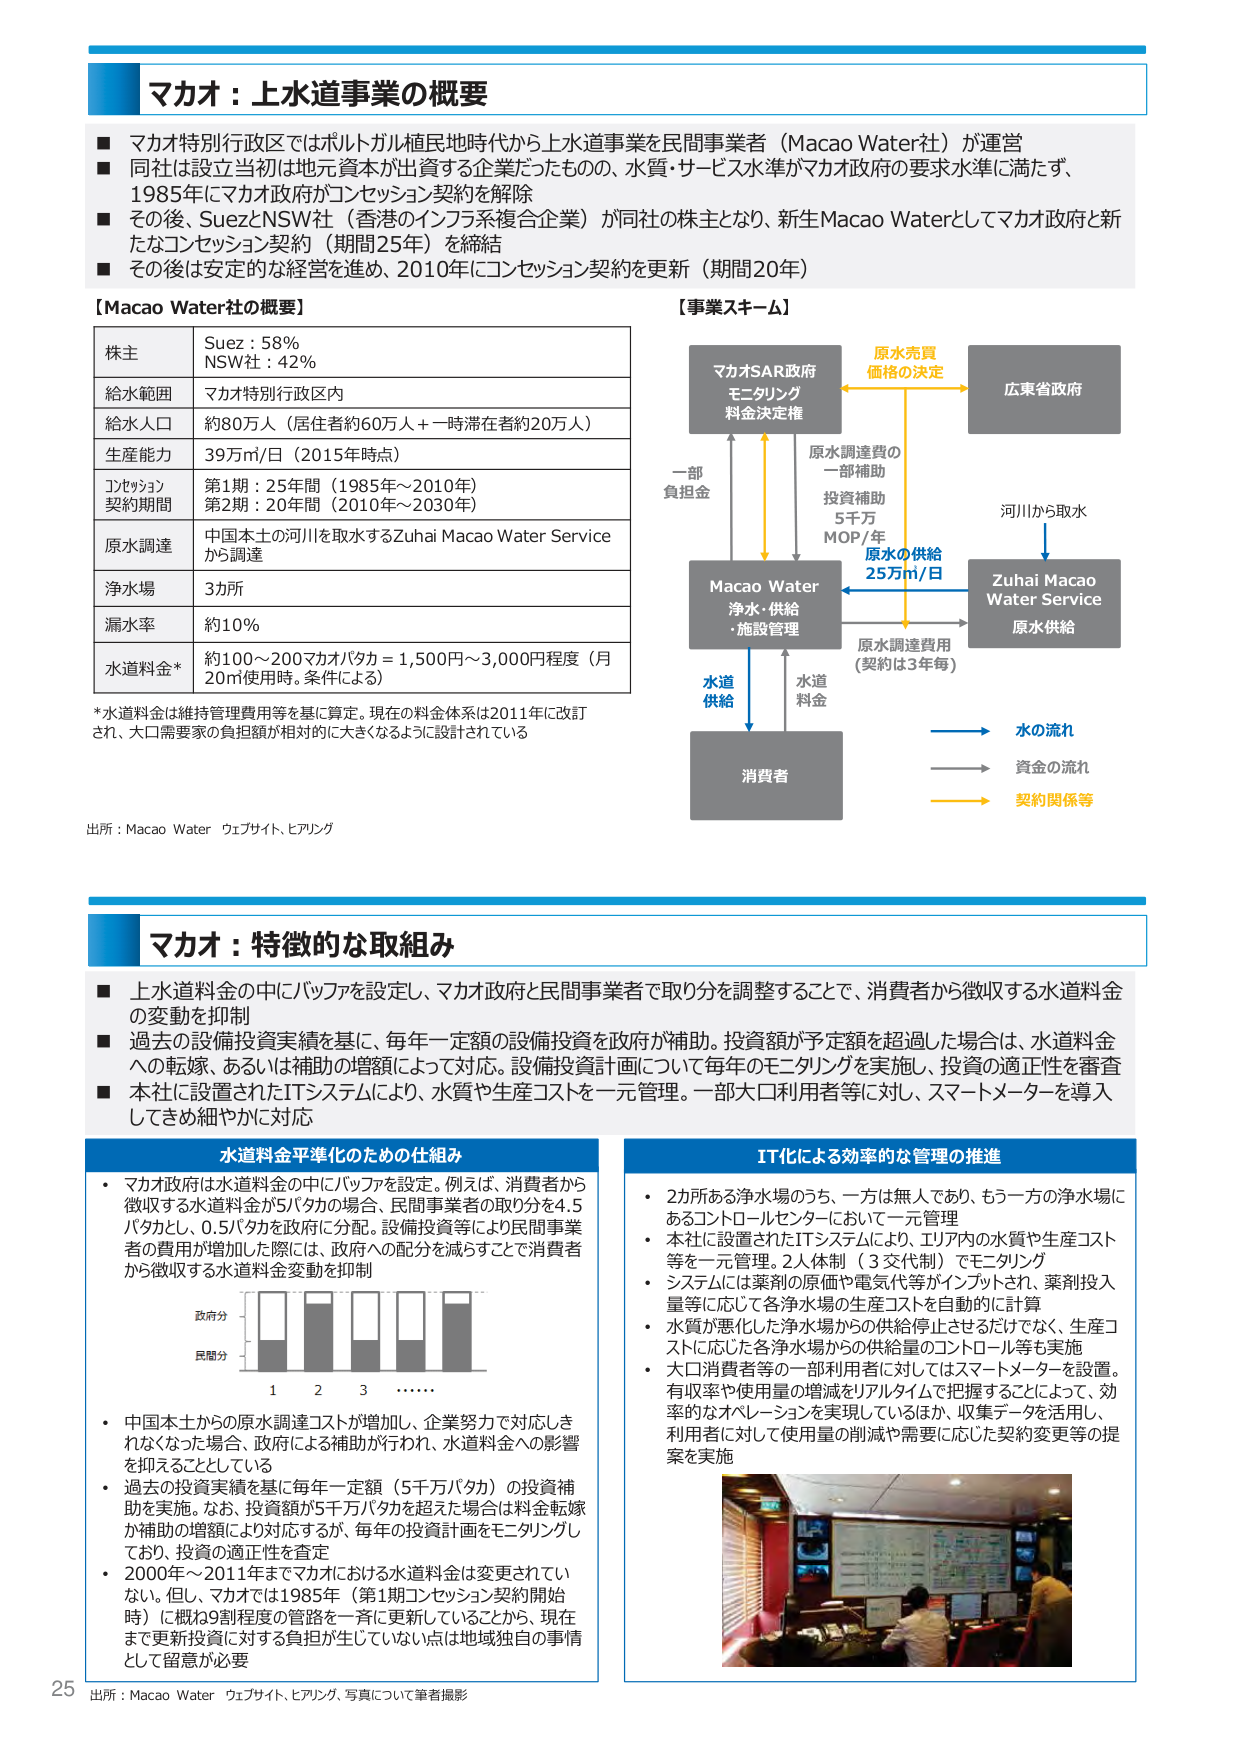
マカオ：上水道事業の概要

■ マカオ特別行政区ではポルトガル植民地時代から上水道事業を民間事業者（Macao Water社）が運営
■ 同社は設立当初は地元資本が出資する企業だったものの、水質・サービス水準がマカオ政府の要求水準に満たず、1985年にマカオ政府がコンセッション契約を解除
■ その後、Suez/NSW社（香港のインフラ系複合企業）が同社の株主となり、新生Macao Waterとしてマカオ政府と新たなコンセッション契約（期間25年）を締結
■ その後は安定的な経営を進め、2010年にコンセッション契約を更新（期間20年）

【Macao Water社の概要】

株主　　Suez：58%
　　　　NSW社：42%

給水範囲　マカオ特別行政区内

給水人口　約80万人（居住者約60万人＋一時滞在者約20万人）

生産能力　39万㎥/日（2015年時点）

コンセッション契約期間　第1期：25年間（1985年～2010年）
　　　　　　　　　　　　第2期：20年間（2010年～2030年）

原水調達　中国本土の河川を取水するZhuhai Macao Water Serviceから調達

浄水場　　3か所

漏水率　　約10%

水道料金*　約100～200マカオパタ = 1,500円～3,000円程度（月20㎥使用時。条件による）

*水道料金は維持管理費用等を基に算定。現在の料金体系は2011年に改訂され、大口需要家の負担額が相対的に大きくなるように設計されている

【事業スキーム】

マカオSAR政府
モニタリング
料金決定権

原水売買
価格の決定

広東省政府

一部
負担金

原水調達費の
一部補助
投資補助
5千万
MOP/年

河川から取水

原水の供給
25万㎥/日

Zhuhai Macao
Water Service
原水供給

Macao Water
浄水・供給
・施設管理

原水調達費用
（契約は3年毎）

水道
供給

水道
料金

消費者

水の流れ
資金の流れ
契約関係等

出所：Macao Water ウェブサイト、ヒアリング

マカオ：特徴的な取組み

■ 上水道料金の中にバッファを設定し、マカオ政府と民間事業者で取り分を調整することで、消費者から徴収する水道料金の変動を抑制
■ 過去の設備投資実績を基に、毎年一定額の設備投資を政府が補助。投資額が予定額を超過した場合は、水道料金への転嫁、あるいは補助の増額によって対応。設備投資計画について毎年のモニタリングを実施し、投資の適正性を審査
■ 本社に設置されたITシステムにより、水質や生産コストを一元管理。一部大口利用者等に対し、スマートメーターを導入してきめ細やかに対応

水道料金平準化のための仕組み

・ マカオ政府は水道料金の中にバッファを設定。例えば、消費者から徴収する水道料金が5パタの場合、民間事業者の取り分を4.5パタとし、0.5パタを政府に分配。設備投資等により民間事業者の費用が増加した際には、政府への配分を減らすことで消費者から徴収する水道料金変動を抑制

　　政府分
　　民間分
　　1　2　3　……

・ 中国本土からの原水調達コストが増加し、企業努力で対応しきれなくなった場合、政府による補助が行われ、水道料金への影響を抑えることとしている

・ 過去の投資実績を基に毎年一定額（5千万パタカ）の投資補助を実施。なお、投資額が5千万パタカを超えた場合は料金転嫁か補助の増額により対応するが、毎年の投資計画をモニタリングしており、投資の適正性を査定

・ 2000年～2011年までマカオにおける水道料金は変更されていない。但し、マカオでは1985年（第1期コンセッション契約開始時）に概ね9割程度の管路を一斉に更新していることから、現在まで更新投資に対する負担が生じていない点は地域独自の事情として留意が必要

IT化による効率的な管理の推進

・ 2か所ある浄水場のうち、一方は無人であり、もう一方の浄水場にあるコントロールセンターにおいて一元管理
・ 本社に設置されたITシステムにより、エリア内の水質や生産コスト等を一元管理。2人体制（3交代制）でモニタリング
・ システムには薬剤の原価や電気代等がインプットされ、薬剤投入量等に応じて各浄水場の生産コストを自動的に計算
・ 水質が悪化した浄水場からの供給停止させるだけでなく、生産コストに応じた各浄水場からの供給量のコントロール等も実施
・ 大口消費者等の一部利用者に対してはスマートメーターを設置。有収率や使用量の増減をリアルタイムで把握することによって、効率的なオペレーションを実現しているほか、収集データを活用し、利用者に対して使用量の削減や需要に応じた契約変更等の提案を実施

出所：Macao Water ウェブサイト、ヒアリング、写真について筆者撮影

25